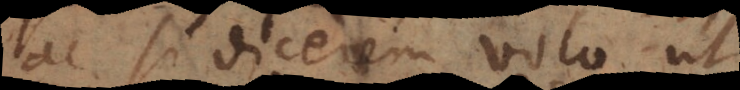
ac si dicerem volo ut